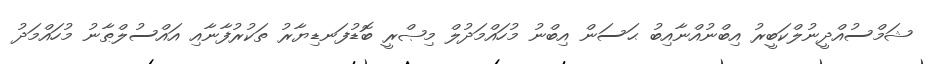
ޝަމްސުއްދީނުލްކަބީރު އިބްނުއްނާއިބު ޙަސަން އިބްނު މުހައްމަދުލް މިޞްރީ ބޮޑުފަނޑިޔާރު ތަކުރުފާނާއި އައްސުލްޠާނު މުހައްމަދު